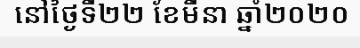
នៅថ្ងៃទី២២ ខែមីនា ឆ្នាំ២០២០